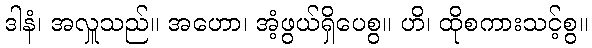
ဒါနံ၊ အလှူသည်။ အဟော၊ အံ့ဖွယ်ရှိပေစွ။ ဟိ၊ ထိုစကားသင့်စွ။